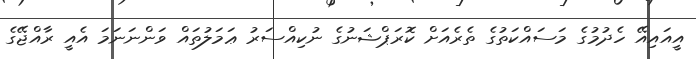
އީއައިއޭ ހެދުމުގެ މަސައްކަތުގެ ތެރެއަށް ކޮރަޕްޝަނުގެ ނުކިއްސަރު ޢަމަލުތައް ވަންނަނަމަ އެއީ ރާއްޖޭގެ